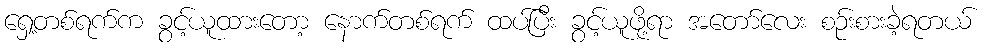
ရှေ့တစ်ရက်က ခွင့်ယူထားတော့ နောက်တစ်ရက် ထပ်ပြီး ခွင့်ယူဖို့ရာ အတော်လေး စဉ်းစားခဲ့ရတယ်